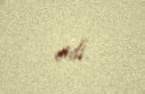
etdi.